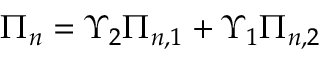
\Pi _ { n } = \Upsilon _ { 2 } \Pi _ { n , 1 } + \Upsilon _ { 1 } \Pi _ { n , 2 }